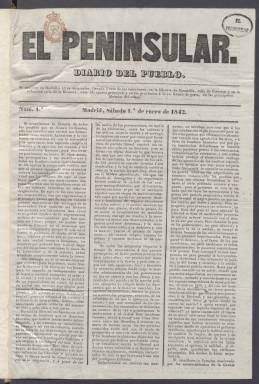
Título: El Peninsular (Madrid)
Colección: Periódicos anteriores a 1850
Ámbito geográfico: Madrid
Lugar de publicación: Madrid
Fechas: 01/01/1842-15/04/1843